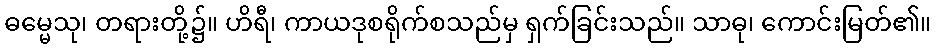
ဓမ္မေသု၊ တရားတို့၌။ ဟိရီ၊ ကာယဒုစရိုက်စသည်မှ ရှက်ခြင်းသည်။ သာဓု၊ ကောင်းမြတ်၏။